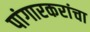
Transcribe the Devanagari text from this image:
पांगारकरांचा